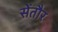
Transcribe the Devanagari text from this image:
सेंतौर